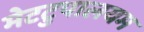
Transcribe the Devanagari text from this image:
मेटटुपालयम